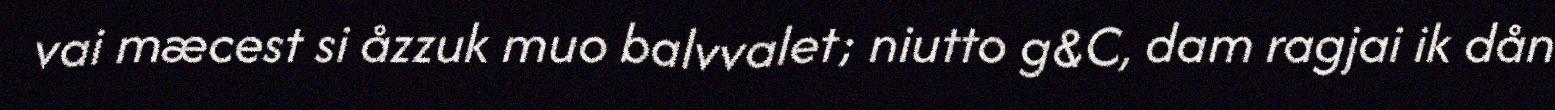
vai mæcest si åzzuk muo balvvalet; niutto g&C, dam ragjai ik dån